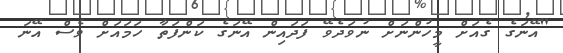
"އޭނަގެ ގެއަށް މީހުންނަށް ނުވަދެވޭ ފަދައިން އޭނަގެ ކަންފަތާ ހަމައަށް ވެސް އޭނަ